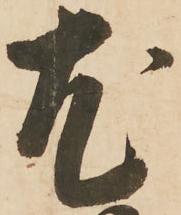
尤